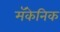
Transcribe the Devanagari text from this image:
मॅकेनिक